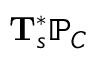
\mathbf { T } _ { \mathfrak { s } } ^ { * } \mathbb { P } _ { C }